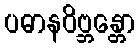
ပဓာနဝိဗ္ဘန္တော